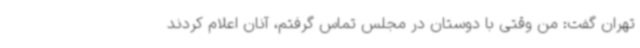
تهران گفت: من وقتی با دوستان در مجلس تماس گرفتم، آنان اعلام کردند